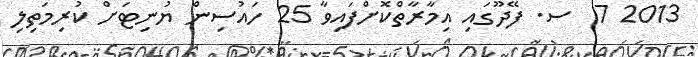
2013 7  ސ. ފޭދޫގައި އިމާރާތްކޮށްފައިވާ 25 ހައުސިން ޔުނިޓަށް ކުރިމަތިލި